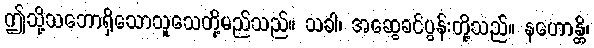
ဤသို့သဘောရှိသောသူသေတို့မည်သည်။ သခါ၊ အဆွေခင်ပွန်းတို့သည်။ နဟောန္တိ၊